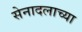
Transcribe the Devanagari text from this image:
सेनादलाच्या